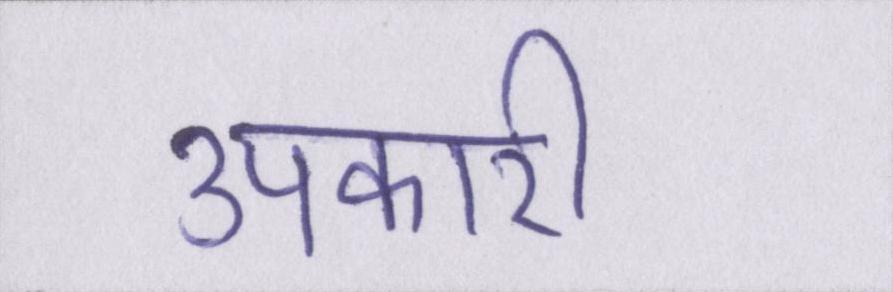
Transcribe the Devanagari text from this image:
उपकारी